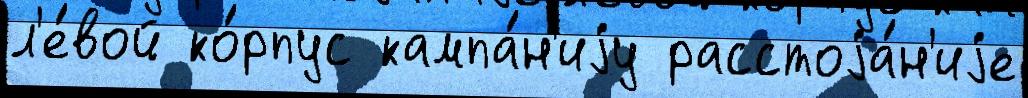
л'е́вой ко́рпус кампа́н'иjу расстоjа́н'иjе